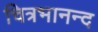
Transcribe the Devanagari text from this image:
चित्रभानन्द